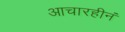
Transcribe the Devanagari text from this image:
आचारहीनं